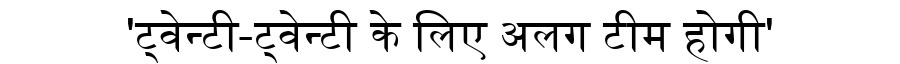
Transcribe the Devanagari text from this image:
'ट्वेन्टी-ट्वेन्टी के लिए अलग टीम होगी'